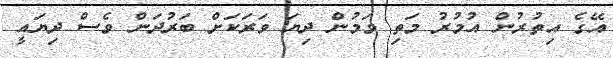
އޭގެ އިތުރުން އުމުރު މަތި ވަމުން ދިޔަ ވަރަކަށް ބަރުދަން ވެސް ދިޔައީ